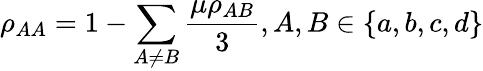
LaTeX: \rho_{AA}=1-\sum_{A\neq B}\frac{\mu\rho_{AB}}{3},A,B\in\{ a,b,c,d\}